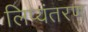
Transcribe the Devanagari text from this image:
लिप्‍यंतरण